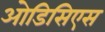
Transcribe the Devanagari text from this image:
ओडिसिएस